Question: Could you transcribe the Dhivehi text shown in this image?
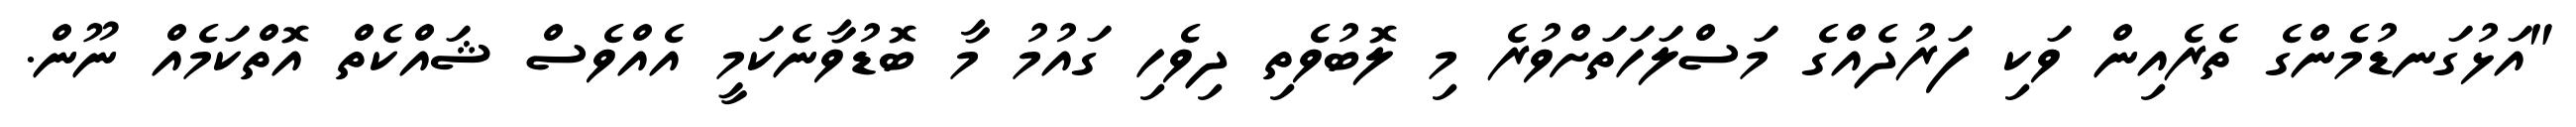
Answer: "އަޅުގަނޑުމެންގެ ތެރެއިން ވަކި ފަރުދެއްގެ މަސްލަހަތަށްވުރެ މި ލޮބުވެތި ދިވެހި ގައުމު މާ ބޮޑުވާނެކަމީ އެއްވެސް ޝައްކެތް އޮތްކަމެއް ނޫން.